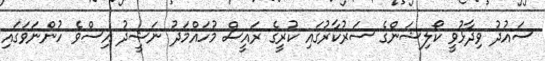
ސައުދު ވިދާޅުވީ ކޯލިޝަންގެ ސަރުކާރުގައި ކުރީގެ ރައީސް މުހައްމަދު ނަޝީދު އިސްވެ ހުންނަވަގައި